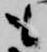
も